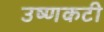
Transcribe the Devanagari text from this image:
उष्णकटी